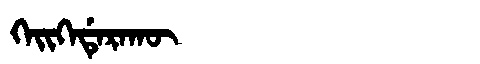
Manchu: ᡴᡝᡳᡴᡝᡩᡝᡵᠠᡴᡡ
Romanization: KEIKEDERAKŪ